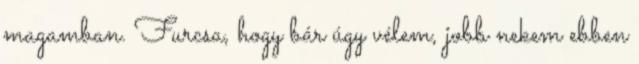
magamban. Furcsa, hogy bár úgy vélem, jobb nekem ebben